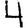
Digit: 4